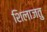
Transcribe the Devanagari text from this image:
शिलाजतु